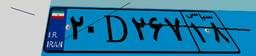
۴۴D۸۶۶۲۴